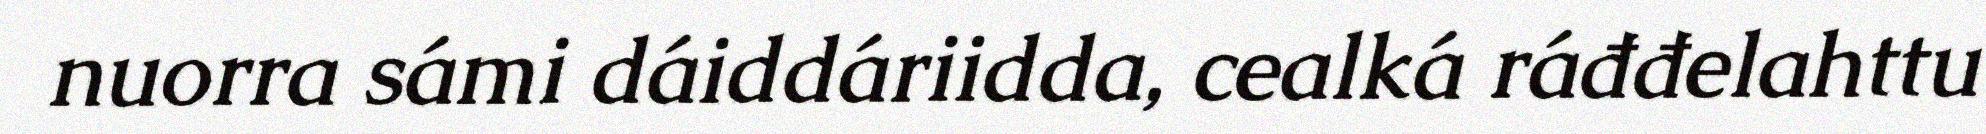
nuorra sámi dáiddáriidda, cealká ráđđelahttu